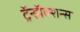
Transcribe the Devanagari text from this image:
ट्रॅन्झॅक्शन्स